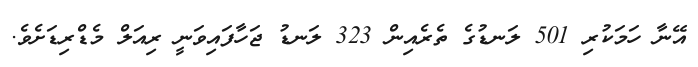
އޭނާ ހަމަކުރި 501 ލަނޑުގެ ތެރެއިން 323 ލަނޑު ޖަހާފައިވަނީ ރިއަލް މެޑްރިޑަށެވެ.